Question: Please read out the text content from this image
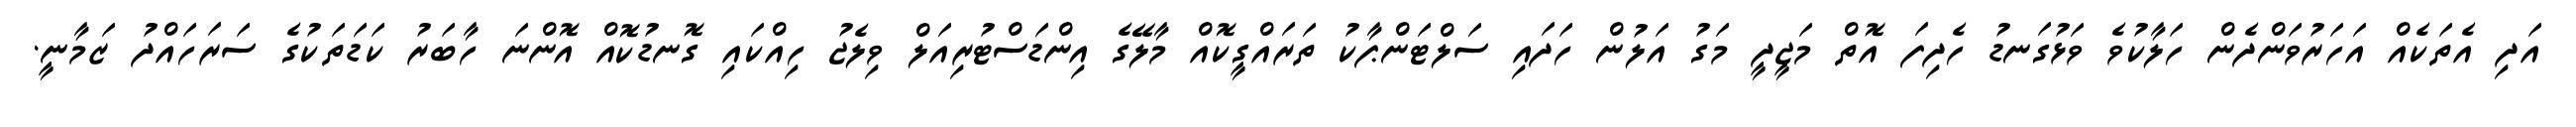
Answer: އަދި އެތަކެއް އަހަރުވަންދެން ހަލާކުވެ ވަޅުގަނޑު ހެދިފަ އޮތް މަޖީދީ މަގު އަލުން ހަދައި ސަލްޓަންޕާކު ތަރައްގީކޮއް މާލޭގެ އިންޑަސްޓުރިއަލް ވިލެޖު ހިއްކައި ގޮނޑުކޮއް އޮންނަ ހާބަރު ކަޑަތަކުގެ ސަރަހައްދު ޒަމާނީ.